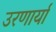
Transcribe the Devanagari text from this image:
उरणार्या